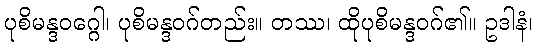
ပုစိမန္ဒဝဂ္ဂေါ၊ ပုစိမန္ဒဝဂ်တည်း။ တဿ၊ ထိုပုစိမန္ဒဝဂ်၏။ ဥဒါနံ၊